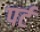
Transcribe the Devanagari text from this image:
पर्ट